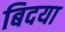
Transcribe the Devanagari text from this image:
बिदया